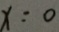
x = 0